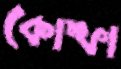
কোম্ফা